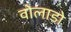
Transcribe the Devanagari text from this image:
वोलाडो